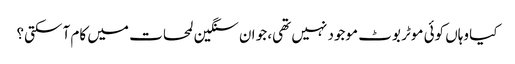
کیا وہاں کوئی موٹر بوٹ موجود نہیں تھی، جو ان سنگین لمحات میں کام آ سکتی؟